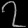
Digit: ၇